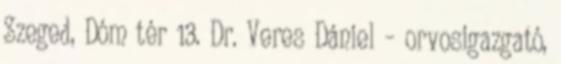
Szeged, Dóm tér 13. Dr. Veres Dániel – orvosigazgató,